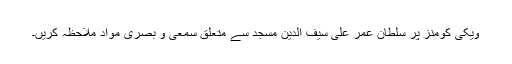
ویکی کومنز پر سلطان عمر علی سیف الدین مسجد سے متعلق سمعی و بصری مواد ملاحظہ کریں۔